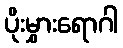
ပိုးမွှားရောဂါ